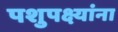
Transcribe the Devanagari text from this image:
पशुपक्ष्यांना